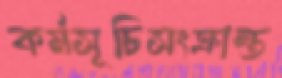
কর্মসূচিসংক্রান্ত